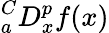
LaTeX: {}_{a}^{C}D_{x}^{p}f(x)